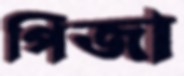
পিজা